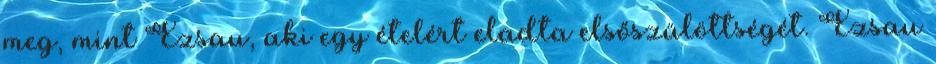
meg, mint Ézsau, aki egy ételért eladta elsőszülöttségét. Ézsau